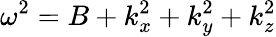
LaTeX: \omega^{2}=B+k_{x}^{2}+k_{y}^{2}+k_{z}^{2}